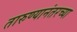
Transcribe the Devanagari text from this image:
तारुण्यानंतरच्या